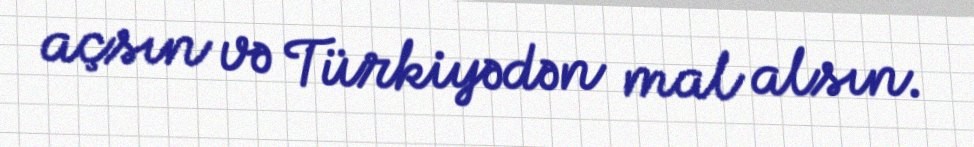
açsın və Türkiyədən mal alsın.